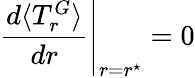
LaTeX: \left.\frac{d\langle T_{r}^{G}\rangle}{dr}\right|_{r=r^{\star}}=0